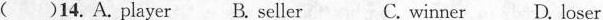
( )14.A. player B. seller C. winner D. Loser